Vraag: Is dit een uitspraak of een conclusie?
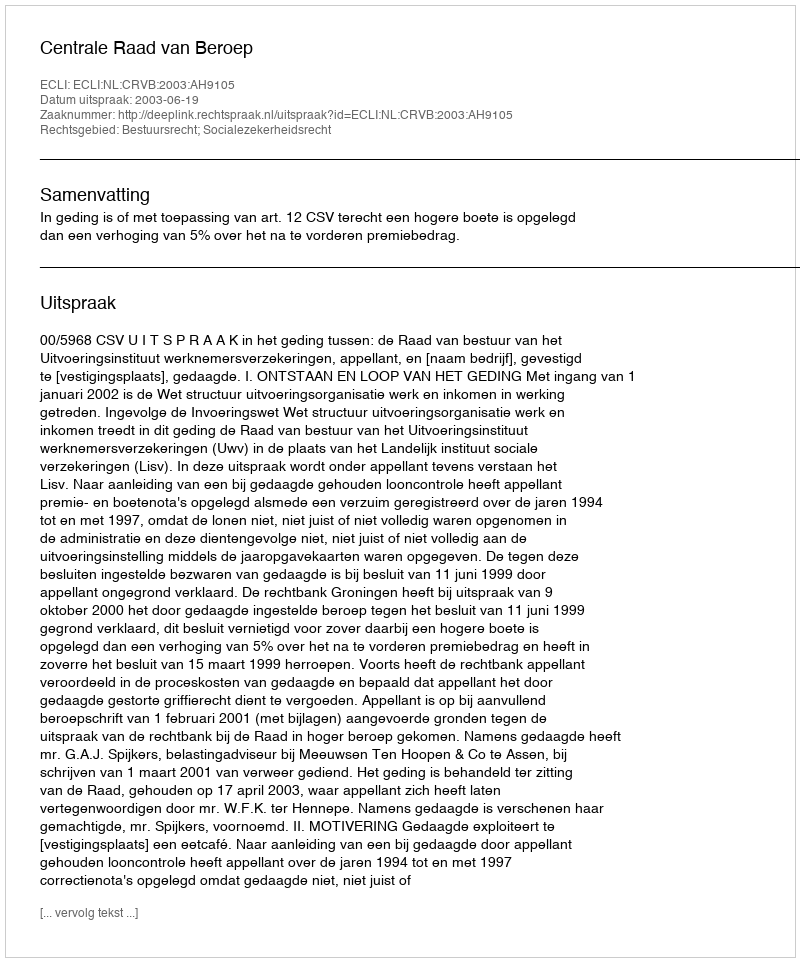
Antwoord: Uitspraak